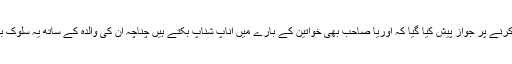
اعتراض کرنے پر جواز پیش کیا گیا کہ اوریا صاحب بھی خواتین کے بارے میں اناپ شناپ بکتے ہیں چناچہ ان کی والدہ کے ساتھ یہ سلوک برحق ہے۔